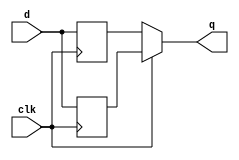
module top_module (
    input clk,
    input d,
    output q
);
    reg [1:0] status;
    always @(posedge clk) begin
        status[0] = d;
    end
    always @(negedge clk) begin
        status[1] = d;
    end
    assign q = clk ? status[0] : status[1];
endmodule